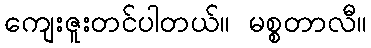
ကျေးဇူးတင်ပါတယ်။ မစ္စတာလီ။